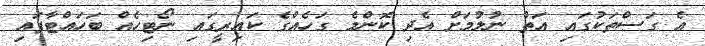
އެ ގަސްތަކުގައި އަތް ނުލުމަށް އެދި ކޮންމެ ގަހެއްގެ ކައިރީގައި ނޯޓިހެއް ބަހައްޓާފައި